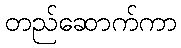
တည်ဆောက်ကာ